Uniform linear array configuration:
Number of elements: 16
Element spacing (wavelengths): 1
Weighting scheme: exponential
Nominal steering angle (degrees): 0
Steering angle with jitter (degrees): -1.7
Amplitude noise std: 0.05
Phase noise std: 0.05

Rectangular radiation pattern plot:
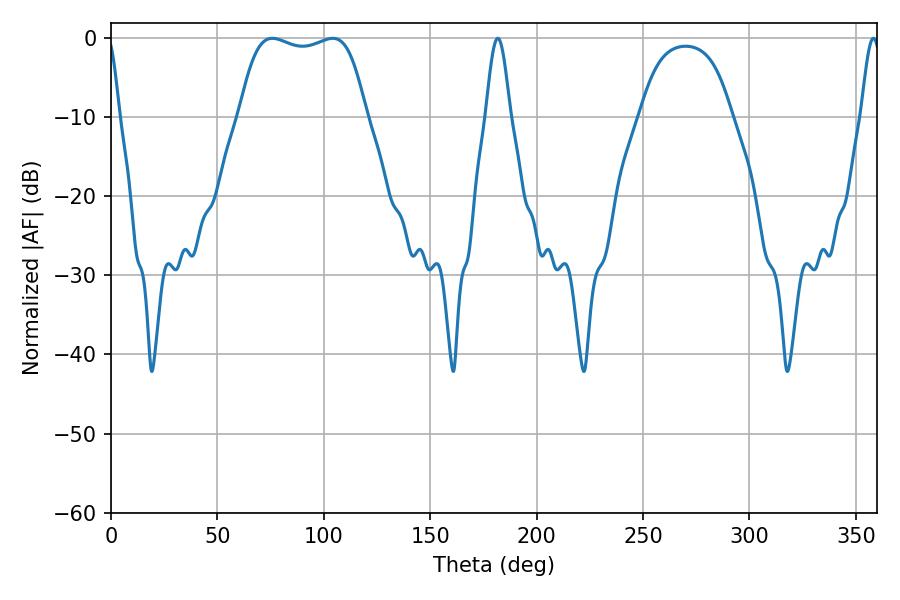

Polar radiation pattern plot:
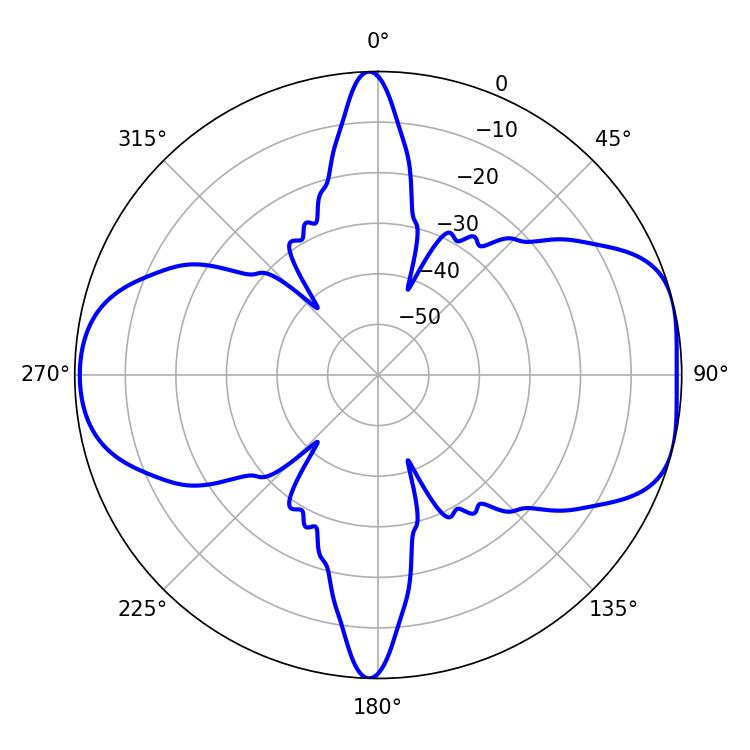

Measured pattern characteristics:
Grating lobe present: TRUE
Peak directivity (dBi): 7.522
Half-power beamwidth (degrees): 47.52
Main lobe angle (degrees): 75.78